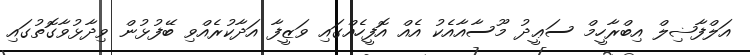
އަލްފާޟިލް އިބްރާހީމް ސަޢީދު މޫސާއާއެކު އެއް އޮފީހެއްގައި ވަޒީފާ އަދާކުރެއްވި ބޭފުޅުން ވިދާޅުވާގޮތުގައި